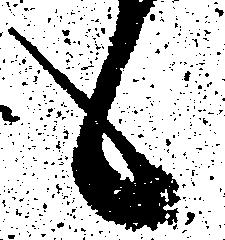
候